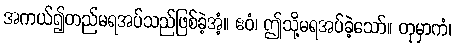
အကယ်၍တည်မရအပ်သည်ဖြစ်ခဲ့အံ့။ ဧဝံ၊ ဤသို့မရအပ်ခဲ့သော်။ တုမှာကံ၊